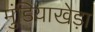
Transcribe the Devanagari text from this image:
मुंडियाखेड़ा